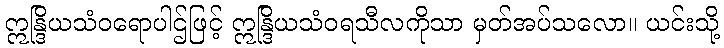
ဣန္ဒြိယသံဝရောပါဌ်ဖြင့် ဣန္ဒြိယသံဝရသီလကိုသာ မှတ်အပ်သလော။ ယင်းသို့